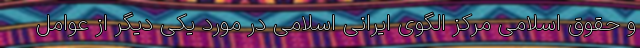
و حقوق اسلامی مرکز الگوی ایرانی اسلامی در مورد یکی دیگر از عوامل